Vital statistics of India. Vol. IV, Annual returns from 1871 to 1876. British Army of India, Native Army and jails of Bengal
Year: 1871
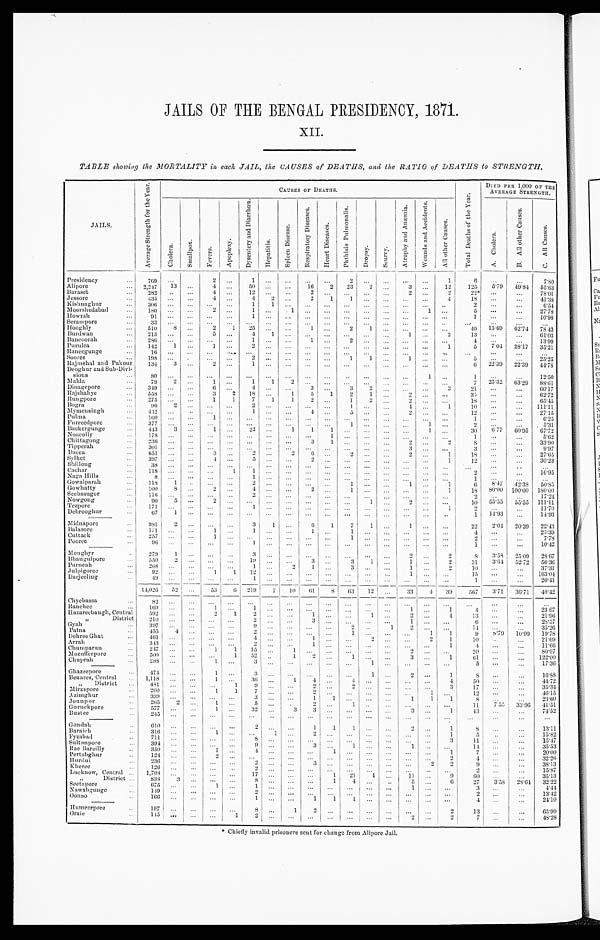
X I I .
TABLE showing the MORTALITY in each JAIL, the CAUSES of DEATHS, and the RATIO of DEATHS to STRENGTH.
JAILS.
A v e r a g e S t r e n g t h f o r t h e y e a r .
C a u s e d o f D e a t h s .
'
To t a l
D e a t h s o f t h e y e a r .
D I E D P E R 1 , 0 0 0 O F T H E
AVERAGE STRENGTH.
C h o l e r a .
Smal l pox.
F e v e r s .
A p o p l e x y .
D y s e n t e r y a n d D i a r r h æ a .
H e p a t i t i s .
S p l e e n D i s e a s e .
R e s p i r a t o r y
D i s e a s e s .
H e a r t D i s e a s e s .
p h t h i s i s P u l m o n a t i s .
D r o p s y .
S c u r v y .
A t r o p h y a n d A n æ m i a .
W o u n d s a n d A c c i d e n t s .
A l l o t h e r c a u s e s .
A . C h o l e r a
B . Al l o t h e r c a u s e s .
C . A l l C a u s e s .
Presidency
...
769
. . .
2
. . .
1 . . .
. . .
. . .
. . .
2
. . .
. . . ...
. . .
1 6
. . .
. . .
7.80
Alipore
...
2,247
13 ...
4
. . .
50
. . .
. . .
1 6
2
23
2
. . . 3
. . .
12
125
5.79
49.81
55.63
Baraset ...
282
. . . ...
4
. . .
1 2
. . .
. . .
2
. . .
. . .
. . .
. . . 2
. . .
2
22*
. . .
...
78.01
Jessore
. . .
435
. . . ...
4
. . .
4
2
. . .
2
1
1
. . .
. . . ...
. . .
4
1 8
. . .
...
41.38
Krishnaghur ...
306
. . . ...
. . .
. . .
1
1
. . .
. . .
. . .
. . .
. . .
. . . ...
. . . ..
2 ...
. . .
6.54
Moorshedabad ...
180
. . .
...
2
. . .
1
. . .
1
. . .
. . .
. . .
. . .
. . . ...
1 ...
5 ...
. . .
27.78
Howrah
...
91
. . . ...
. . .
. . .
1
. . .
. . .
. . .
. . .
. . .
. . .
. . . ...
. . . ...
1 ...
...
10.98
Serampore
...
33
. . . ...
. . .
. . .
. . .
. . .
. . .
. . .
. . .
. . .
. . .
. . . ...
. . . ...
...
. . .
...
. . .
Hooghly
...
510
8 ...
2
1
25
. . .
. . .
1
. . .
2
1
. . . ...
. . . ...
4 0 15.69
62.74 78. 43
Burdwan
...
213
. . .
...
5
. . . 4
1
. . .
. . .
. . .
. . .
. . .
. . . 1
. . .
2
13 1
. . .
...
61.03
Bancoorah
. . .
286
. . . ...
. . .
. . .
1
. . .
. . .
1 ...
2
. . .
. . . ...
. . . ...
4 I
. . .
. . .
13.99
Pur ul ea
. . .
142
1 ...
1
. . .
2
. . .
. . .
. . .
. . .
. . .
. . .
. . . ...
. . .
1
5
7.04
28.17
35.21
Raneegunge ...
16
. . . ...
. . .
. . .
. . .
. . .
. . .
. . .
. . .
. . .
. . .
. . . ...
. . . ...
...
. . .
. . . . . .
...
Sooree
...
198 ...
.
. . .
. . .
2
. . .
. . .
. . .
. . .
1
1
. . .
1
. . . ...
5
. . .
...
25.25
Rajmehal and Pakour
134
3 ...
2
. . .
1
. . .
. . .
. . .
. . .
. . .
. . .
. . .
...
. . . ...
6
22.39
22.39
44.78
Deoghur and Sub-Divi-
sions
...
80
. . . ...
. . .
. . .
. . .
. . .
. . .
. . .
. . .
. . .
. . .
. . .
...
1
. . .
1
. . .
...
12.50
Malda ...
79
2 ...
1
...
1
1
2
. . .
. . .
. . .
. . .
. . . ...
. . . ...
. . . 7
25.32
63.29
88.61
Dinagepore
...
349
. . . ...
6
...
4
. . .
. . .
3
. . .
3
2
. . . ...
. . .
3
21
. . .
...
60.17
Rajshahye
. . .
558
. . . ...
3
2
18
...
1
5
1
2
1
. . .
2
. . . ...
35
. . .
...
62.72
Rlungpore ...
275
. . . ...
1
1
7
1
1
2
. . .
1
2
. . .
2
. . . ...
18
. . .
. . .
65.45
Bogra
...
90 2 ...
. . .
. . .
2
. . .
. . .
. . .
. . .
1
. . .
. . .
4
. . .
1
10
. . .
. . .
111.11
Mymeusingh
...
442
. . . ...
. . .
. . .
1
. . .
. . .
4
. . .
5
. . .
. . .
2
. . . ...
12
. . .
. . .
27.15
Pubna
...
160 ...
...
1
. . .
. . .
. . .
. . .
. . .
. . .
. . .
...
. . .
...
...
...
1 ...
. . .
6.25
Furreedpore
...
377
. . . ...
. . .
. . .
. . .
. . .
. . .
. . .
. . .
1
. . .
. . . ...
1
...
2
. . .
.... 5.31
Backergunge
...
4 4 3
3 ...
1
. . .
2 2
. . . 1
1
1
. . .
. . .
. . . ...
1 ...
30
6.77
60.95
67.72
Noacolly
. . .
178
. . . ...
. . .
. . .
. . .
. . .
. . .
. . .
1
. . .
. . .
. . . ...
. . . ...
I
. . .
...
5.62
Chittagong
...
236
. . . ...
. . .
. . .
. . . . . . . . .
. . .
3
1
. . .
. . .
. . . 2
. . .
2
8 . . .
...
33.90
Tipperah ...
301
. . . ...
. . .
. . .
. . .
. . .
. . .
. . .
. . .
. . .
. . .
. . . 3
. . .
...
3...
...
9.97
Dacca
...
651
...
...
3
. . .
2
. . .
2
6
. . .
2
. . .
. . . 2
. . .
1
18
. . .
...
27.65
Syl het . . .
397
...
...
4
. . .
5
. . .
. . .
2
. . .
. . .
. . .
. . . ...
. . .
. . . 1
12
. . .
...
30.23
Shillong
...
38
. . . ...
. . .
. . .
. . .
. . .
. . .
. . .
. . .
. . .
. . .
. . . ...
. . . ...
...
...
..
. . .
Cachar
...
118
. . . ...
. . . 1
1
...
. . .
. . .
. . .
...
. . .
. . .
...
. . .
. . .
2
...
. . .
16.95
Naga Hills
...
8
. . . ...
. . .
. . .
1
. . .
. . .
. . .
. . .
. . .
. . .
. . .
. . .
. . .
. . .
1
...
. . .
. . .
Gowalparah
...
118
1 ..
. . .
. . .
2
. . .
. . .
. . .
. . .
1
. . .
. . .
1
. . .
1
6
8.47
42.38
50.85
Gowhatty ...
100
8 ...
2
. . .
4
. . .
. . .
2
. . .
1
. . .
. . .
...
. . .
1
18
8 0 . 0 0 100.00 180.00
Seebsaugor
...
116
. . . ...
. . .
. . .
2
. . .
. . .
. . .
. . .
. . .
. . .
. . .
...
. . .
...
2
. . .
...
17.24
Nowgong
...
90
5 ...
2
. . .
. . .
. . .
. . .
. . .
. . .
. . .
1
...
2
...
. . .
10
55.55
55.55 111.11
Tezpore
...
171
...
...
. . .
...
1
. . .
. . .
. . .
. . .
. . .
. . .
. . .
... . . .
1
2 ...
...
11.70
Debrooghur
...
67
1 ...
...
...
...
...
...
...
...
...
...
...
...
...
1
14.93
...
14.93
Midnapore
...
981
2 ...
. . .
. . .
3
1
. . .
6
1
7
1
. . .
1
...
...
22
2.0 4
20.39
22.43
Balasore
...
1 7 1
. . .
...
1
...
1
. . .
. . .
1
. . .
1
. . .
. . .
... . . . ...
4
. . .
...
23.39
Cuttack
...
257
. . .
...
1
. . .
. . .
. . .
. . .
. . .
. . .
1 ...
...
...
...
...
2
. . .
...
7.78
Pooree
...
96
. . . ...
. . .
. . .
1
. . .
. . .
. . .
. . .
...
. . .
. . .
...
. . .
. . .
1
. . . ...
10.42
Monghyr
..
279
1 ...
. . .
. . .
3
. . .
. . .
. . .
. . .
. . .
. . .
. . . 2
. . .
2
8
359
2509
2367
Bhaugulpore
...
550
2
...
...
...
19
. . .
. . .
3
. . .
3
1
. . .
1
. . .
2
31
3.64
52.72
56.36
Purneah
...
268
. . . ...
. . .
. . .
1
. . .
2
1
. . .
3
. . .
. . .
1
. . .
2
10
...
37.31
Julpigoree
..
92
. . . ...
1
1
12
...
. . .
. . .
. . .
. . .
. . .
. . .
1
. . .
...
15...
...
163.04
Darjeeling
...
49
. . . ...
. . .
. . .
1
. . .
. . .
. . .
. . .
. . .
. . .
...
. . . . . .
. . .
. . .
1...
...
20.41
14,026
52
...
53
6
219
7
10
61
8
6 3 12
. . .
33
4
39
567
3 ' 71
36.71
40.42
Chyebassa
... 82
. . . ...
. . .
. . .
. . .
. . .
. . .
. . .
...
...
. . .
...
...
. . .
. . .
. . .
. . .
. . .
. . .
Ranchee ...
1 6 9
. . .
...
1
. . .
1
. . .
. . .
. . .
. . .
. . .
. . .
. . .
1
. . .
1
4
. . .
. . .
23.67
Hazareebaugh, Central
"
District
592
2 1 0
. . .
. . .
... ...
2. . .
1
. . .
2
2
. . .
. . .
. . .
. . .
1
3
. . .
. . .
. . .
. . .
1
. . .
. . .
. . .
2
1
. . .
. . .
4
. . . 13
6 I
...
...
... . . .
21.96
28.57
Gyah
...
397
. . . ...
. . .
. . .
9
...
...
...
...
2
. . .
1
2
. . . ...
11
. . .
...
35.26
Patna
. . .
4 5 5
4 ...
. . .
. . .
2
...
...
. . .
. . .
1
. . .
. . . ...
1
1
9 I
8 . 7 9
10.99 19.78
DehreeGhat
...
461
. . . ...
. . .
. . .
4
. . .
. . .
1 ...
...
2
. . .
. . .
2
1
10
. . .
. . .
21.69
Arrah
...
343
. . . ...
. . .
. . .
2
...
. . .
1
. . .
. . .
. . .
. . .
...
...
1
4
. . .
. . .
11.66
Chumparun
...
247
. . . ...
1
1
15
...
1
. . .
. . .
. . .
. . .
. . .
2
. . .
...
20
. . .
...
80.97
Mozufferpore
. . .
5 0 0
. . .
...
. . .
1
52
..
1
2
. . .
1
. . .
. . .
3
. . .
1
61
. . .
...
122.00
Chuprah
. . .
288
. . . ...
1
. . .
3
. . .
. . .
. . .
. . .
. . .
1
. . .
...
. . .
...
5
...
...
17336
Ghazeepore
...
474
. . . ...
1
. . .
3
. . .
. . .
. . .
. . .
. . .
1
. . .
2
. . .
8
...
...
16.88
Benares, Central
. .
1,118
...
...
1
. . .
36
...
1
4
. . .
4
. . .
. . .
...
. . .
4
50
...
...
44.72
„
District
...
481
. . .
. . .
. . .
1
9
. . .
. . .
2
. . .
2
. . .
. . .
... ...
3
17
...
...
35.34
Mirzapore
. .
260
. . .
. . .
1
1
7
. . .
. . .
2
. . .
. . .
. . .
. . .
...
1
...
12
. . .
...
46.15
Azimghur
. . .
33.9
. . .
...
. . .
...
3
. . .
. . .
1
1
. . .
. . .
. . .
1
1
1
8 ...
. . .
23.60
Jounpor
..
265
2
. . .
1
...
5
...
..
2
. . .
1
..
. . .
...
. . .
...
1 1
7.55
33.96
41.51
Goruckpore
. . .
577
. . .
. . .
1
. . .
3 2
. . .
3
3
. . .
. . .
. . .
. . . 3
. . .
1
4 3
...
...
74.52
B u s t e e . . .
245
. . .
. . .
. . .
. . .
. . .
. . .
. . .
. . .
. . .
. . . ...
...
...
. . .
...
...
. . .
...
...
G o n d a h . . .
6 1 0 . . .
...
. . . ...
2
. . .
. . .
1
1
1
. . .
. . .
2
. . .
1
8
. . .
. . .
13.11
Baraich
..
316
...
...
1
. . .
. . .
1
. . .
2
. . .
. . .
. . .
. . . ...
1
5
...
...
15.82
Fyzabad
..
711
. . .
. . .
. . .
. . .
8
. . . ...
. . .
. . .
. . .
. . .
. . . ...
. . .
3
11
. . .
...
15.47
Sultanpore
...
394
. . .
. . .
. . .
. . .
9
. . .
. . .
3
. . .
1
. . .
. . . 1
. . .
...
14
. . .
. . .
35.53
Rae Bareilly
..
350
. . .
. . .
1
...
4
. . .
. . .
. . .
1
. . .
. . .
. . . ...
. . .
1
7 ...
. . .
20.00
P e r t a b g h u r . . .
124
. . .
. . .
2
. . .
. . .
. . . ...
. . .
. . .
. . .
. . .
. . . ...
. . .
2
4
. . .
...
32.26
Hurdui
..
236
. . .
. . .
. . .
...
2
. . .
. . .
3
...
...
. . .
...
. . . 2
2
9
. . .
...
38.13
Kheree
..
126
. . .
. .
. . .
. . .
2
. . .
. . .
. . .
. . .
. . .
. . .
. . .
...
. . .
...
2
. . .
...
15.87
Lucknow, Central ..
1,708 ...
...
...
...
1 7
. . .
. . .
. . .
1
2 1
1
...
11
...
9
60
...
...
35.13
District ...
838
3
. . .
. . .
. . .
8
. . .
. . .
. . .
1
4
. . .
. .
5
. . .
6
27
3 . 5 8 28.64
32.22
Seetapore ...
675
...
...
1
. . .
1
. . .
. . .
. . .
. . .
. . .
. . .
. . .
1
. . .
...
3
. . .
...
4.44
Nawabgunge
..
149
. . .
. . .
. . . ...
2
. . .
...
. . .
. . .
. . .
. . .
. . .
...
. . .
...2
...
...
13.42
Oonao
. . .
---
166
. . .
. . .
. . .
. . .
1
. . .
. . .
1
1
1
. . .
. . .
...
. . .
...
... 4
. . .
...
24.10
Humeerpore
..
197
. . .
. . .
. . .
. . .
8
. . .
1
2
. . .
. . .
. . .
. . . ...
. . .
2
13
. . .
. . .
65.99
O r a n i e . . .
1 4 5 . . .
. . .
. . .
1
2
. . .
...
...
...
. . .
. . .
. . . 2
. . .
2 7
...
...
...
48.28
‫٭‬Chiefly invalid prisoners sent for change from Alipore Jail.